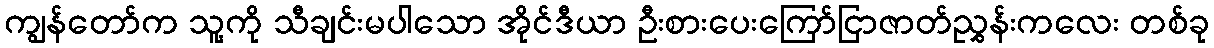
ကျွန်တော်က သူ့ကို သီချင်းမပါသော အိုင်ဒီယာ ဦးစားပေးကြော်ငြာဇာတ်ညွှန်းကလေး တစ်ခု